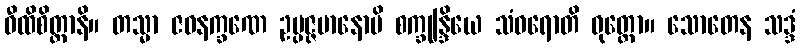
ဝီထိစိတ္တာနိ။ တသ္မာ ဇဝနက္ခဏေ ဥပ္ပဇ္ဇမာနောပိ စက္ခုန္ဒြိယေ သံဝရောတိ ဝုတ္တော။ သောတေန သဒ္ဒံ